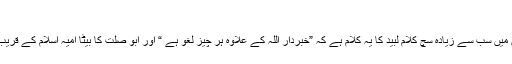
)
1507: سیدنا ابو ہریرہؓ کہتے ہیں کہ رسول اللہﷺ نے فرمایا: شاعروں میں سب سے زیادہ سچ کلام لبید کا یہ کلام ہے کہ ”خبردار اللہ کے علاوہ ہر چیز لغو ہے “ اور ابو صلت کا بیٹا امیہ اسلام کے قریب تھا (کیونکہ اس کے عقائد اچھے تھے گوہ وہ اسلام سے محروم رہا)۔